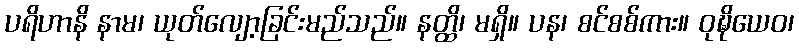
ပရိဟာနိ နာမ၊ ယုတ်လျော့ခြင်းမည်သည်။ နတ္ထိ၊ မရှိ။ ပန၊ စင်စစ်ကား။ ဝုဍ္ဎိယေဝ၊